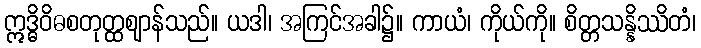
ဣဒ္ဓိဝိဓစတုတ္ထဈာန်သည်။ ယဒါ၊ အကြင်အခါ၌။ ကာယံ၊ ကိုယ်ကို။ စိတ္တသန္နိဿိတံ၊